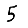
Digit: 5